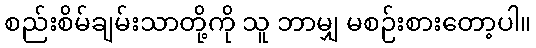
စည်းစိမ်ချမ်းသာတို့ကို သူ ဘာမျှ မစဉ်းစားတော့ပါ။